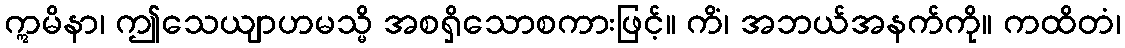
ဣမိနာ၊ ဤသေယျာဟမသ္မိ အစရှိသောစကားဖြင့်။ ကိံ၊ အဘယ်အနက်ကို။ ကထိတံ၊